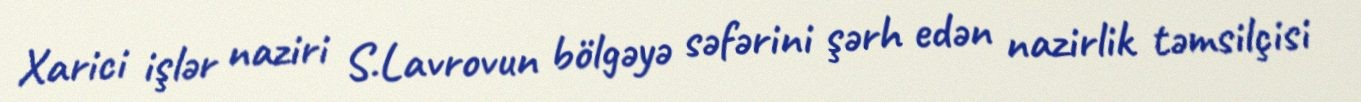
Xarici işlər naziri S.Lavrovun bölgəyə səfərini şərh edən nazirlik təmsilçisi